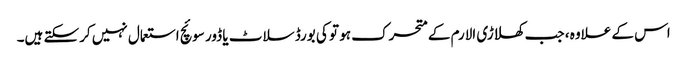
اس کے علاوہ ، جب کھلاڑی الارم کے متحرک ہو تو کی بورڈ سلاٹ یا ڈور سوئچ استعمال نہیں کرسکتے ہیں۔